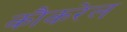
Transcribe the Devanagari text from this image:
कौकरेल